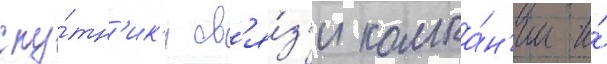
спу́тн'ик'и св'я́з'и компа́н'ии и́